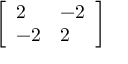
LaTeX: \left[ { \begin{array} { l l } { 2 } & { - 2 } \\ { - 2 } & { 2 } \end{array} } \right]